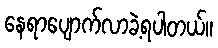
နေရာပျောက်လာခဲ့ရပါတယ်။